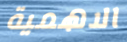
الاهمية